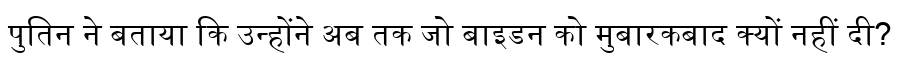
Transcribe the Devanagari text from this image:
पुतिन ने बताया कि उन्होंने अब तक जो बाइडन को मुबारकबाद क्यों नहीं दी?